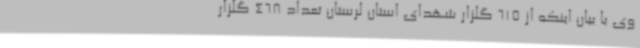
وی با بیان اینکه از 615 گلزار شهدای استان لرستان تعداد 468 گلزار